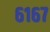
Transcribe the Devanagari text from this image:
६१६७